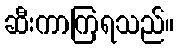
ဆီးကာကြရသည်။